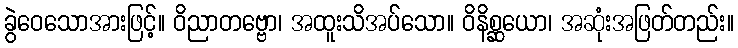
ခွဲဝေသောအားဖြင့်။ ဝိညာတဗ္ဗော၊ အထူးသိအပ်သော။ ဝိနိစ္ဆယော၊ အဆုံးအဖြတ်တည်း။